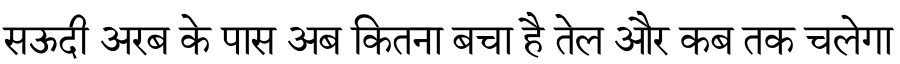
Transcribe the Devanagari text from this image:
सऊदी अरब के पास अब कितना बचा है तेल और कब तक चलेगा